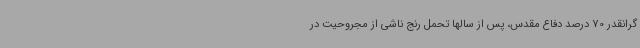
گرانقدر 70 درصد دفاع مقدس، پس از سالها تحمل رنج ناشی از مجروحیت در